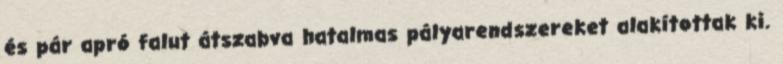
és pár apró falut átszabva hatalmas pályarendszereket alakítottak ki.